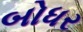
બોધર